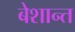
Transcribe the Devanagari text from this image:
बेशान्त